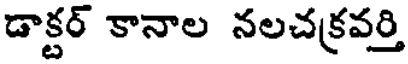
డాక్టర్ కానాల నలచక్రవర్తి